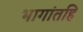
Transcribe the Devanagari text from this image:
भागांतहि